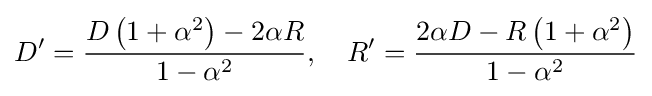
D'={\frac {D\left(1+\alpha ^{2}\right)-2\alpha R}{1-\alpha ^{2}}},\quad R'={\frac {2\alpha D-R\left(1+\alpha ^{2}\right)}{1-\alpha ^{2}}}